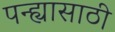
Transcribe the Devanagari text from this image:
पन्ह्यासाठी